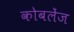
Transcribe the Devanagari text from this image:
कोबलेंज